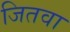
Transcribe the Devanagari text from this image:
जितवा